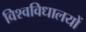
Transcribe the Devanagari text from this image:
विश्वविधालयों